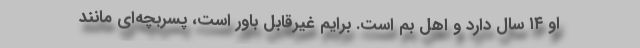
او ۱۴ سال دارد و اهل بم است. برایم غیرقابل باور است، پسربچه‌ای مانند